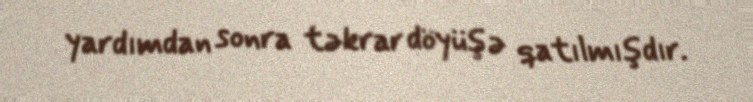
yardımdan sonra təkrar döyüşə qatılmışdır.